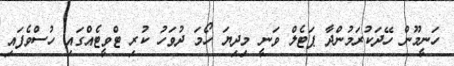
ހަނީމޫން ހޭދަކުރަމުންދާ ޕަޓެލް ވަނީ މިދިޔަ ހޯމަ ދުވަހު ކުރި ޓްވީޓެއްގައި ހުސްވެފައި